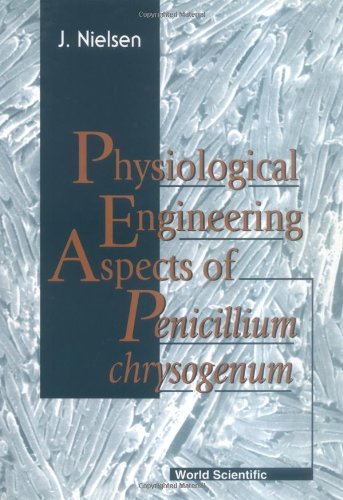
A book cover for Physiological Engineering Aspects of Penicillium Chrysogenum; J. Nielsen; Medical Books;